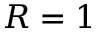
R = 1